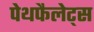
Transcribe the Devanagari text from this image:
पेथफैलेट्स